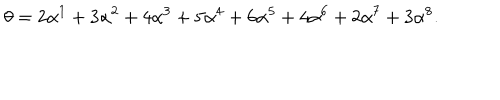
LaTeX: \theta = 2 \alpha ^ { 1 } + 3 \alpha ^ { 2 } + 4 \alpha ^ { 3 } + 5 \alpha ^ { 4 } + 6 \alpha ^ { 5 } + 4 \alpha ^ { 6 } + 2 \alpha ^ { 7 } + 3 \alpha ^ { 8 } .